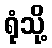
ရုံသို့